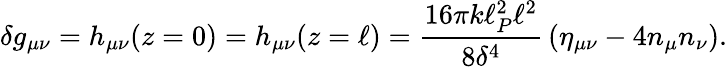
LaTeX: \delta g_{\mu\nu}=h_{\mu\nu}(z=0)=h_{\mu\nu}(z=\ell)={\frac{16\pi k\ell_{P}^{2}\ell^{2}}{8\delta^{4}}}\left(\eta_{\mu\nu}-4n_{\mu}n_{\nu}\right).